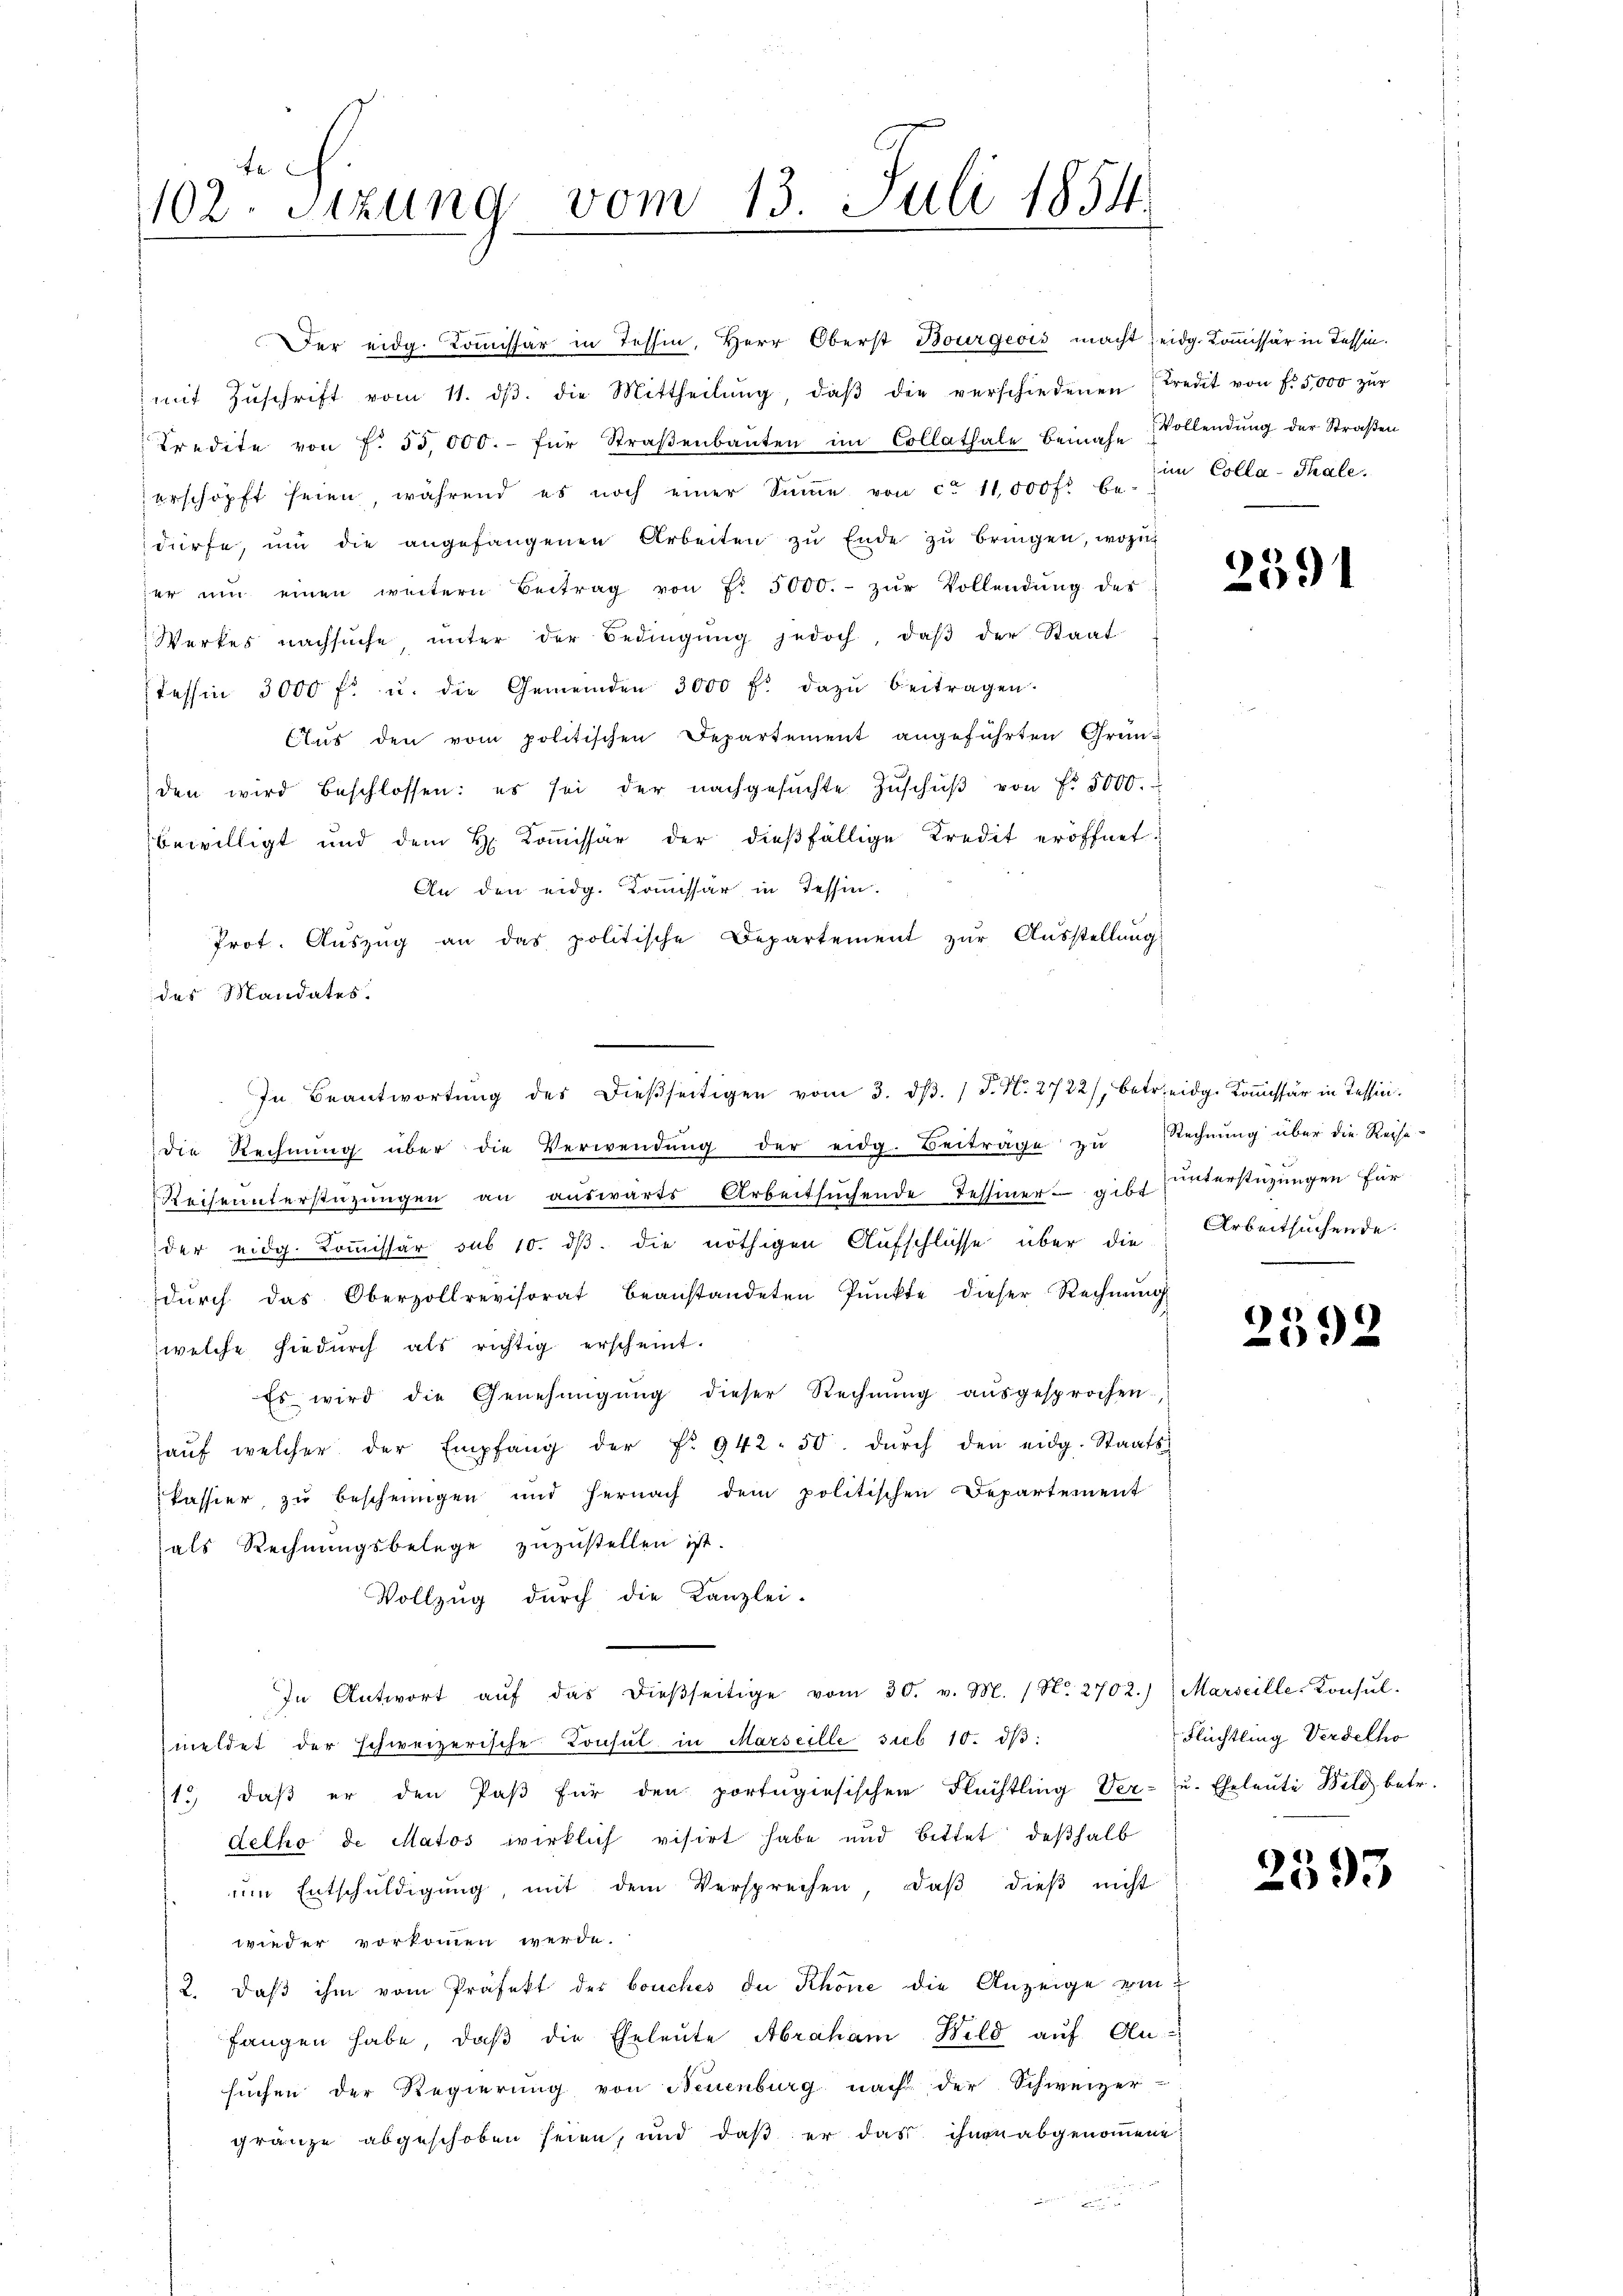
te
102. Sizung vom 13. Juli 1854
.
e

Der eidg. Kommissär in Tessin, Herr Oberst Bourgeois macht eidg. Kommissär in Tessin.
mit Zŭschrift vom 11. dβ. die Mittheilŭng, daβ die verschiedenen Kredit von f. 5,000 zŭr
Kredite von f. 55,000.- für Straβenbauten im Collathale Bemahe
erschöpft seien, während es noch einer Sŭṁe von ca 11,000 fl be-
dürfe, ŭm die angefangenen Arbeiten zŭ Ende zŭ bringen, wozu
er ŭm einen weitern Beitrag von f. 5000.- zŭr Vollendŭng des
Werkes nachsuche, ŭnter der Bedingŭng jedoch, daβ der Staat
Tessin 3000 f. u. die Gemeinden 3000 fl. dazŭ beitragen.
Clus den vom politischen Departement angeführten Gründen wird beschlossen: es sei der nachgesŭchte Zŭschŭβ von Fr. 5000.
bewilligt und dem H. Kommissär der dießfällige Kredit eröffnet.
An den eidg. Komissär in Tessin.
Prot. Aŭszŭg an das politische Departement zŭr Aŭsstellŭng
des Mandates.
die Rechnŭng über die Verwendŭng der eidg. Beiträge zu Rechnŭng über die Reise-
Rechnunterstüzungen an auswärts Arbeitsuchende Tessiner - gibt
der eidg. Kommissär sub 10. dβ die nöthigen Aufschlüsse über die
dŭrch das Oberzollrevisorat beanstandeten Pŭnkte dieser Rechnŭng
welche hiedurch als richtig erscheint.
Es wird die Genehmigŭng dieser Rechnŭng aŭsgesprochen,
aŭf welcher der Empfang der Fr. 942. 50. dŭrch den eidg. Staats-
kassier, zu bescheingen und hernach dem politischen Departement
als Rechnungsbelege zuzustellen ist.
Vollzug durch die Kanzlei-
In Antwort aŭf das dieβseitige vom 30. v. M. / No. 2702.) Marseille Konsul-
meldet der schweizerische Consul in Marseille sieb 10. dβ:
1. daβ er den Paβ für den portugisischen Flüchtling Ver- u. Eheleute Bild betr.
delho de Matos wirklich visirt habe und bittet deßhalb
ŭm Entschŭldigŭng, mit dem Versprechen, daβ dieβ nicht
wieder vorkommen werde.
2. Daß ihm vom Präfekt der bouches du Khöne die Anzeige einfangen habe, daβ die Eheleute Abraham Bild auf An-
suchen der Regierung von Neuenburg nach der Schweizer-
gränze abgeschoben seien, und daß er das ihnen abgenommene

In Beantwortŭng des dießseitigen vom 3. dβ. 1 P. N. 2722), betr. eidg. Koṁissär in Tessini¬

Vollendung der Straßen
im Colla-Thale.

2591

unterstüzungen für
Arbeitsuchende

2592

Flüchtling Verdelho

2593